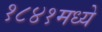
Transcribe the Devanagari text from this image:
१८४१मध्ये